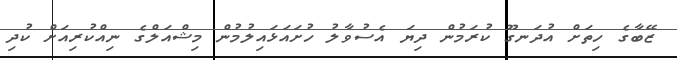
ޒޭބާގެ ހިތަށް އުދަނގޫ ކުރަމުން ދިޔަ އެސުވާލު ހުށައަޅައިލުމުން މިޝްއަލްގެ ނިއްކުރިއަށް ކުދި